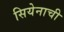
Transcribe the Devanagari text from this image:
सियेनाची